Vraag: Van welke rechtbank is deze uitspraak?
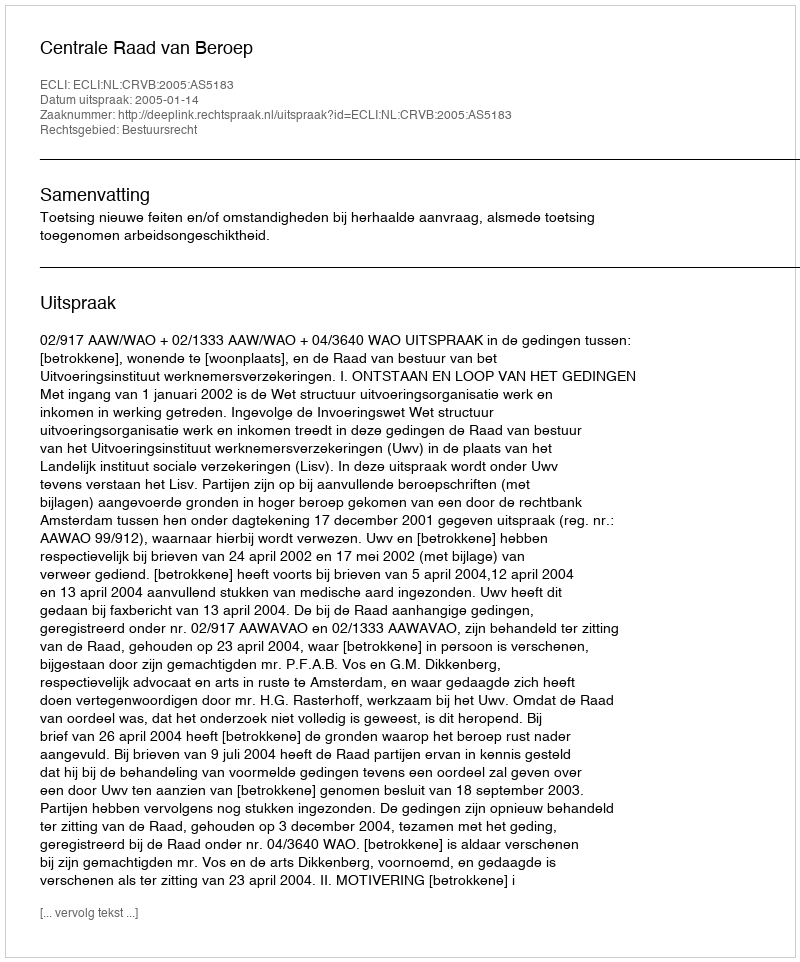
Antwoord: Centrale Raad van Beroep